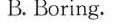
B. Boring.